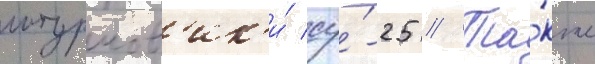
штурмов'ик'и́ су́-25 // Та́кже